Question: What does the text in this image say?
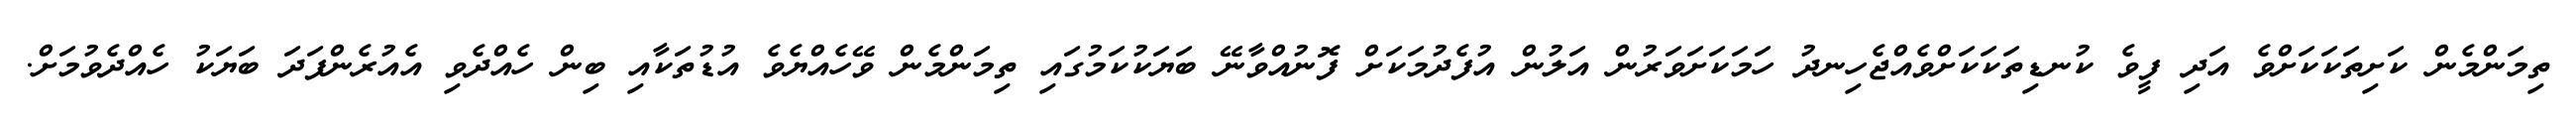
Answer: ތިމަންމެން ކަށިތަކަކަށްވެ އަދި ފީވެ ކުނޑިތަކަކަށްވެއްޖެހިނދު ހަމަކަށަވަރުން އަލުން އުފެދުމަކަށް ފޮނުއްވާނޭ ބަޔަކުކަމުގައި ތިމަންމެން ވޭހެއްޔެވެ އުޑުތަކާއި ބިން ހެއްދެވި އެއުރެންފަދަ ބަޔަކު ހެއްދެވުމަށް.